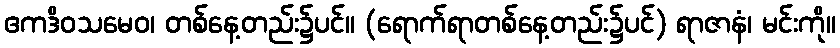
ဧကဒိဝသမေဝ၊ တစ်နေ့တည်း၌ပင်။ (ရောက်ရာတစ်နေ့တည်း၌ပင်) ရာဇာနံ၊ မင်းကို။